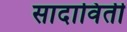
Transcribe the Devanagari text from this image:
सादाविती